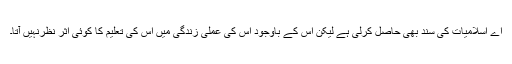
اے اسلامیات کی سند بھی حاصل کرلی ہے لیکن اس کے باوجود اس کی عملی زندگی میں اس کی تعلیم کا کوئی اثر نظرنہیں آتا۔